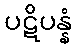
ပဋိပန္နံ